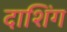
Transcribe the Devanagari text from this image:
दाशिंग